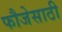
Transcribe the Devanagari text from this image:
फौजेसाठी